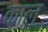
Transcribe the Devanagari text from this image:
क़ाल